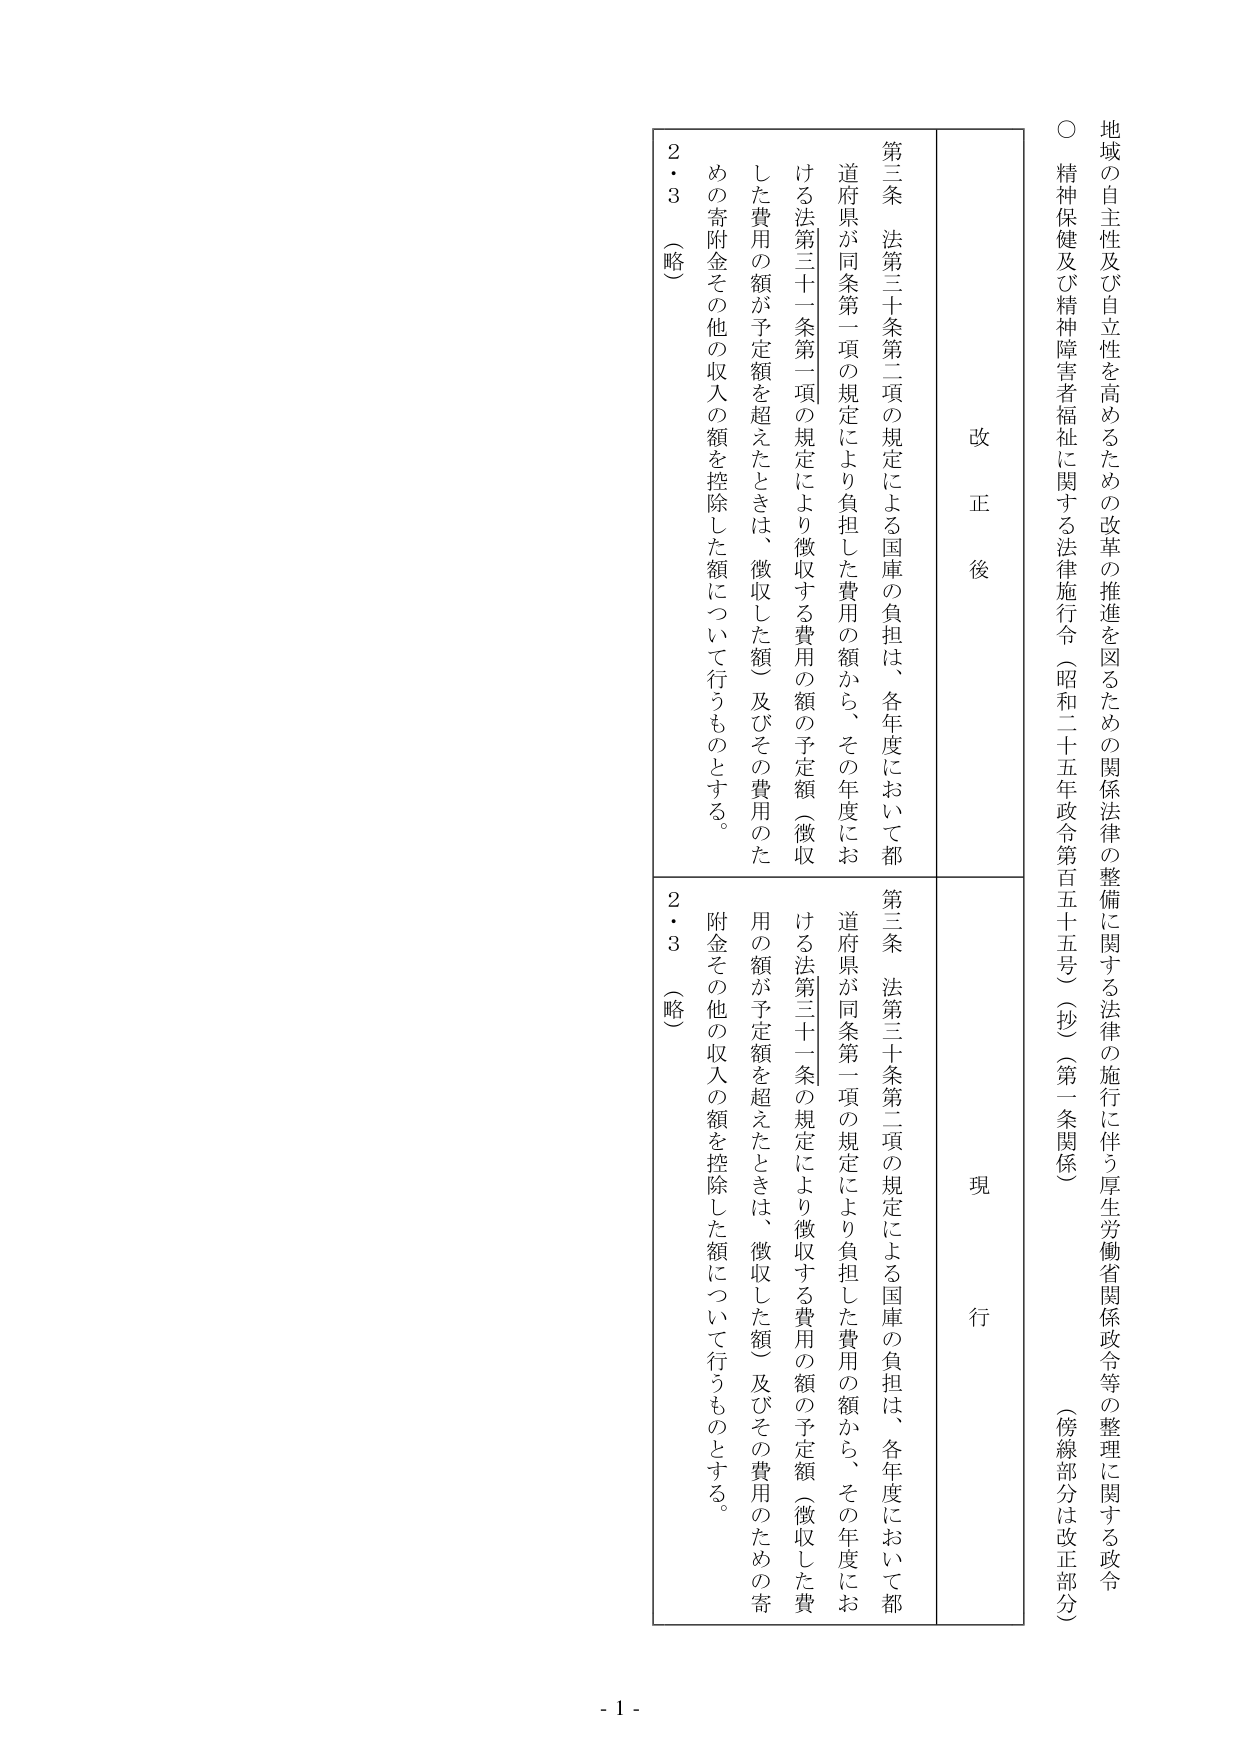
地域の自主性及び自立性を高めるための改革の推進を図るための関係法律の整備に関する法律の施行に伴う厚生労働省関係政令等の整理に関する政令
○ 精神保健及び精神障害者福祉に関する法律施行令（昭和二十五年政令第百五十五号）（抄）（第一条関係）
（傍線部分は改正部分）

改正後
現行

第三条 法第三十条第二項の規定による国庫の負担は、各年度において都道府県が同条第一項の規定により負担した費用の額から、その年度における法第三十一条第一項の規定により徴収する費用の額の予定額（徴収した費用の額が予定額を超えたときは、徴収した額）及びその費用のための寄附金その他の収入の額を控除した額について行うものとする。
2・3（略）

第三条 法第三十条第二項の規定による国庫の負担は、各年度において都道府県が同条第一項の規定により負担した費用の額から、その年度における法第三十一条第一項の規定により徴収する費用の額の予定額（徴収した費用の額が予定額を超えたときは、徴収した額）及びその費用のための寄附金その他の収入の額を控除した額について行うものとする。
2・3（略）

- 1 -